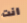
انت